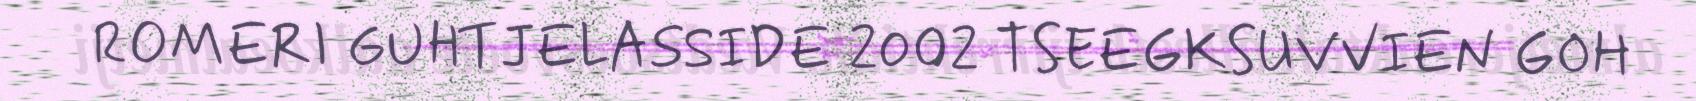
ROMERI GUHTJELASSIDE 2002 TSEEGKSUVVIEN GOH